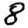
Digit: 8